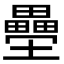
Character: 𭐍